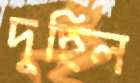
দুহিল